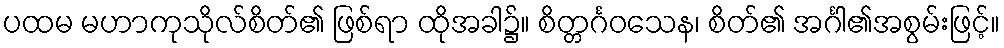
ပထမ မဟာကုသိုလ်စိတ်၏ ဖြစ်ရာ ထိုအခါ၌။ စိတ္တင်္ဂဝသေန၊ စိတ်၏ အင်္ဂါ၏အစွမ်းဖြင့်။